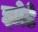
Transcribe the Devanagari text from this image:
झोटे